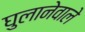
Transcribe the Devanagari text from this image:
घुलानेवाले